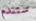
ستندم